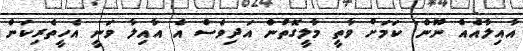
އާއިލާއެއް ނޫން' ކަމަށް ވާތީ މާލީގޮތުން އަދިވެސް އެ އާއިލާ ވަނީ އެހީތެރިކަން